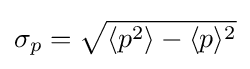
\sigma _{p}={\sqrt {\langle {p}^{2}\rangle -\langle {p}\rangle ^{2}}}